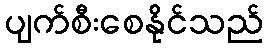
ပျက်စီးစေနိုင်သည်